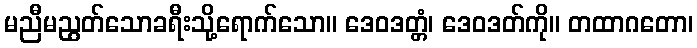
မညီမညွတ်သောခရီးသို့ရောက်သော။ ဒေဝဒတ္တံ၊ ဒေဝဒတ်ကို။ တထာဂတော၊